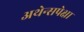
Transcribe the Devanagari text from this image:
अथेन्सपेक्षा